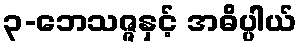
၃-ဘေသဇ္ဇနှင့် အဓိပ္ပါယ်